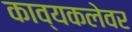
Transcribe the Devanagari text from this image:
काव्यकलेवर